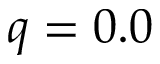
q = 0 . 0